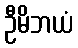
ဦမိဘယံ